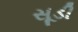
સૂડી